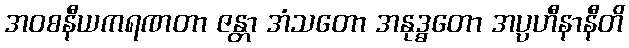
အဝစနီယကရဏတာ ဇန္တာ အံသတော အနုဒ္ဓတော အပ္ပဟီနာနီတိ